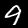
Digit: 9